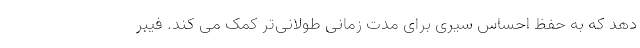
دهد که به حفظ احساس سیری برای مدت زمانی طولانی‌تر کمک می کند. فیبر